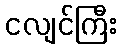
ငလျင်ကြီး